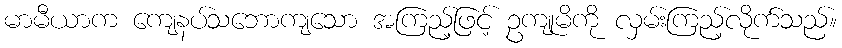
မာမီယာက ကျေနပ်သဘောကျသော အကြည့်ဖြင့် ဥကျုမိကို လှမ်းကြည့်လိုက်သည်။